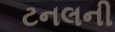
ટનલની